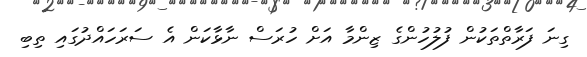
ގިނަ ފަރާތްތަކުން ފުލުހުންގެ ޒިންމާ އަށް ހުރަސް ނާޅާކަން އެ ސަރަހައްދުގައި ތިބި